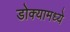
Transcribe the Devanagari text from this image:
डोक्यामध्ये